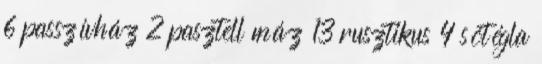
6 passzívház 2 pasztell máz 13 rusztikus 4 sótégla